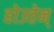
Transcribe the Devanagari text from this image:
होउतेन्